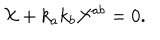
{ \cal X } + k _ { a } k _ { b } { \cal X } ^ { a b } = 0 .